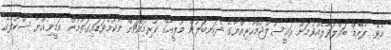
އެވެ. ޕެރޭޑް ބައްލަވާލެއްވުމަށް ރައީސުލްޖުމްހޫރިއްޔާގެ ދެކަނބަލުން މުލީއާގޭ ކުރިމައްޗަށް ނުކުމެވަޑައިގަތުމުން އަމީނިއްޔާ ސްކޫލުގެ